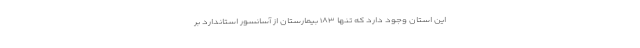
این استان وجود دارد که تنها ۱۸۳ بیمارستان از آسانسور استاندارد بر